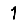
Digit: 1